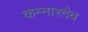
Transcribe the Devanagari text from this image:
कन्नारदेव